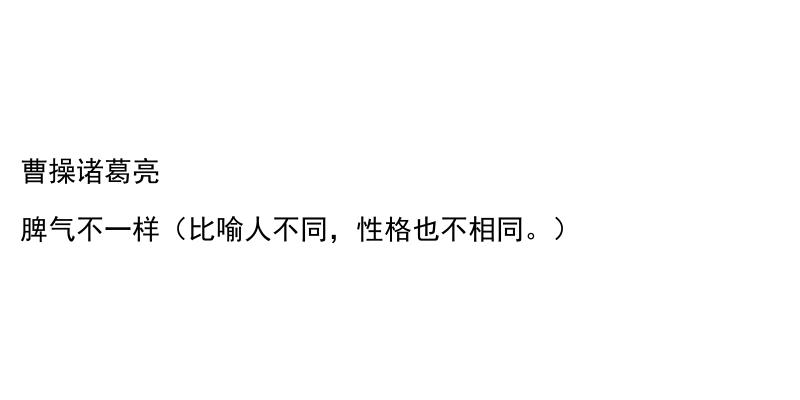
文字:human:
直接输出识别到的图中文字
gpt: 曹操诸葛亮 脾气不一样（比喻人不同，性格也不相同。）